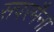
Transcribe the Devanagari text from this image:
सपरमैना